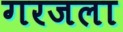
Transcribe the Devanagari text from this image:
गरजला